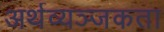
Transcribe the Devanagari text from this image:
अर्थव्यञ्जकता